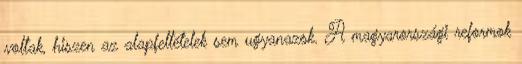
voltak, hiszen az alapfeltételek sem ugyanazok. A magyarországi reformok